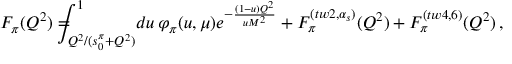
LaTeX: F _ { \pi } ( Q ^ { 2 } ) = \! \! \! \! \! \! \int _ { Q ^ { 2 } / ( s _ { 0 } ^ { \pi } + Q ^ { 2 } ) } ^ { 1 } \! d u \, \varphi _ { \pi } ( u , \mu ) e ^ { - \frac { ( 1 - u ) Q ^ { 2 } } { u M ^ { 2 } } } + F _ { \pi } ^ { ( t w 2 , \alpha _ { s } ) } ( Q ^ { 2 } ) + F _ { \pi } ^ { ( t w 4 , 6 ) } ( Q ^ { 2 } ) \, ,